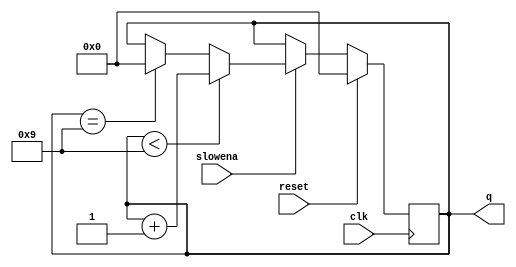
module Slow_Decade(
    input clk,
    input slowena,
    input reset,
    output reg [3:0] q
    );
    always @ (posedge clk) begin
    if(reset)
    q<=0;
    else begin
    if(slowena==1) begin
    if(q<9)
    q<=q+1;
    else if(q==9)
    q<=0;
    end
    end
    end
endmodule